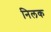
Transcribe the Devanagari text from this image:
निलक